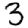
Digit: 3